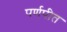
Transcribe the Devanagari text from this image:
पर्णपीत